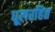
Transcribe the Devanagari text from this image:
धूलरहित